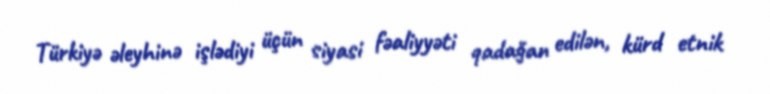
Türkiyə əleyhinə işlədiyi üçün siyasi fəaliyyəti qadağan edilən, kürd etnik